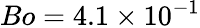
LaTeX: Bo=4.1\times 10^{-1}